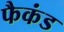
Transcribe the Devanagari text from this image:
फैकंड